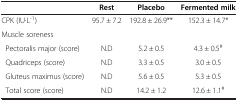
<table><thead><tr><td><b> </b></td><td><b>Rest</b></td><td><b>Placebo</b></td><td><b>Fermented milk</b></td></tr></thead><tbody><tr><td>CPK (IU·L<sup>-1</sup>)</td><td>95.7 ± 7.2</td><td>192.8 ± 26.9**</td><td>152.3 ± 14.7*</td></tr><tr><td colspan="4">Muscle soreness</td></tr><tr><td> Pectoralis major (score)</td><td>N.D</td><td>5.2 ± 0.5</td><td>4.3 ± 0.5<sup>#</sup></td></tr><tr><td> Quadriceps (score)</td><td>N.D</td><td>3.3 ± 0.5</td><td>3.0 ± 0.5</td></tr><tr><td> Gluteus maximus (score)</td><td>N.D</td><td>5.6 ± 0.5</td><td>5.3 ± 0.5</td></tr><tr><td> Total score (score)</td><td>N.D</td><td>14.2 ± 1.2</td><td>12.6 ± 1.1<sup>#</sup></td></tr></tbody></table>